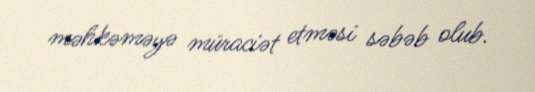
məhkəməyə müraciət etməsi səbəb olub.